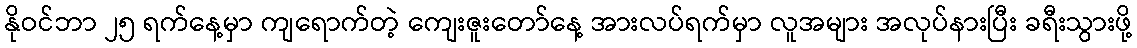
နိုဝင်ဘာ ၂၅ ရက်နေ့မှာ ကျရောက်တဲ့ ကျေးဇူးတော်နေ့ အားလပ်ရက်မှာ လူအများ အလုပ်နားပြီး ခရီးသွားဖို့